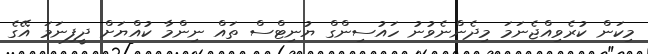
މިކަން ކުރެވިއްޖެނަމަ މިދެންނެވުނު ހައުސިންގް ޔުނިޓްސް ތައް ނިންމާ ކުއްޔަށް ދީފިނަމަ އޭގެ